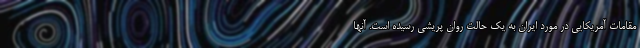
مقامات آمریکایی در مورد ایران به یک حالت روان پریشی رسیده است. آنها